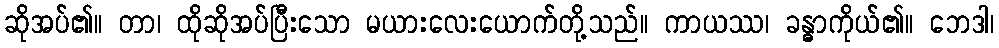
ဆိုအပ်၏။ တာ၊ ထိုဆိုအပ်ပြီးသော မယားလေးယောက်တို့သည်။ ကာယဿ၊ ခန္ဓာကိုယ်၏။ ဘေဒါ၊